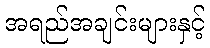
အရည်အချင်းများနှင့်